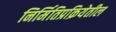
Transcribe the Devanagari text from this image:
निर्मितिप्रक्रियेतील